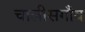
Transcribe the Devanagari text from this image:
चालीसगाँव